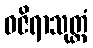
ဝဇိရာသုတ္တံ